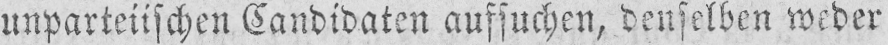
unparteiischen Candidaten aussuchen, denselben weder